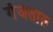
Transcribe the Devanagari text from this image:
गंजतात